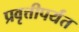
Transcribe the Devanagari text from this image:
प्रवृत्तीपर्यंत